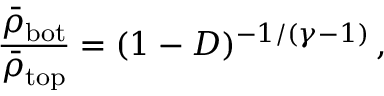
\frac { \bar { \rho } _ { \mathrm { b o t } } } { \bar { \rho } _ { \mathrm { t o p } } } = ( 1 - D ) ^ { - 1 / ( \gamma - 1 ) } \, ,